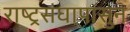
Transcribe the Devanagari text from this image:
राष्ट्रसंघापासुन